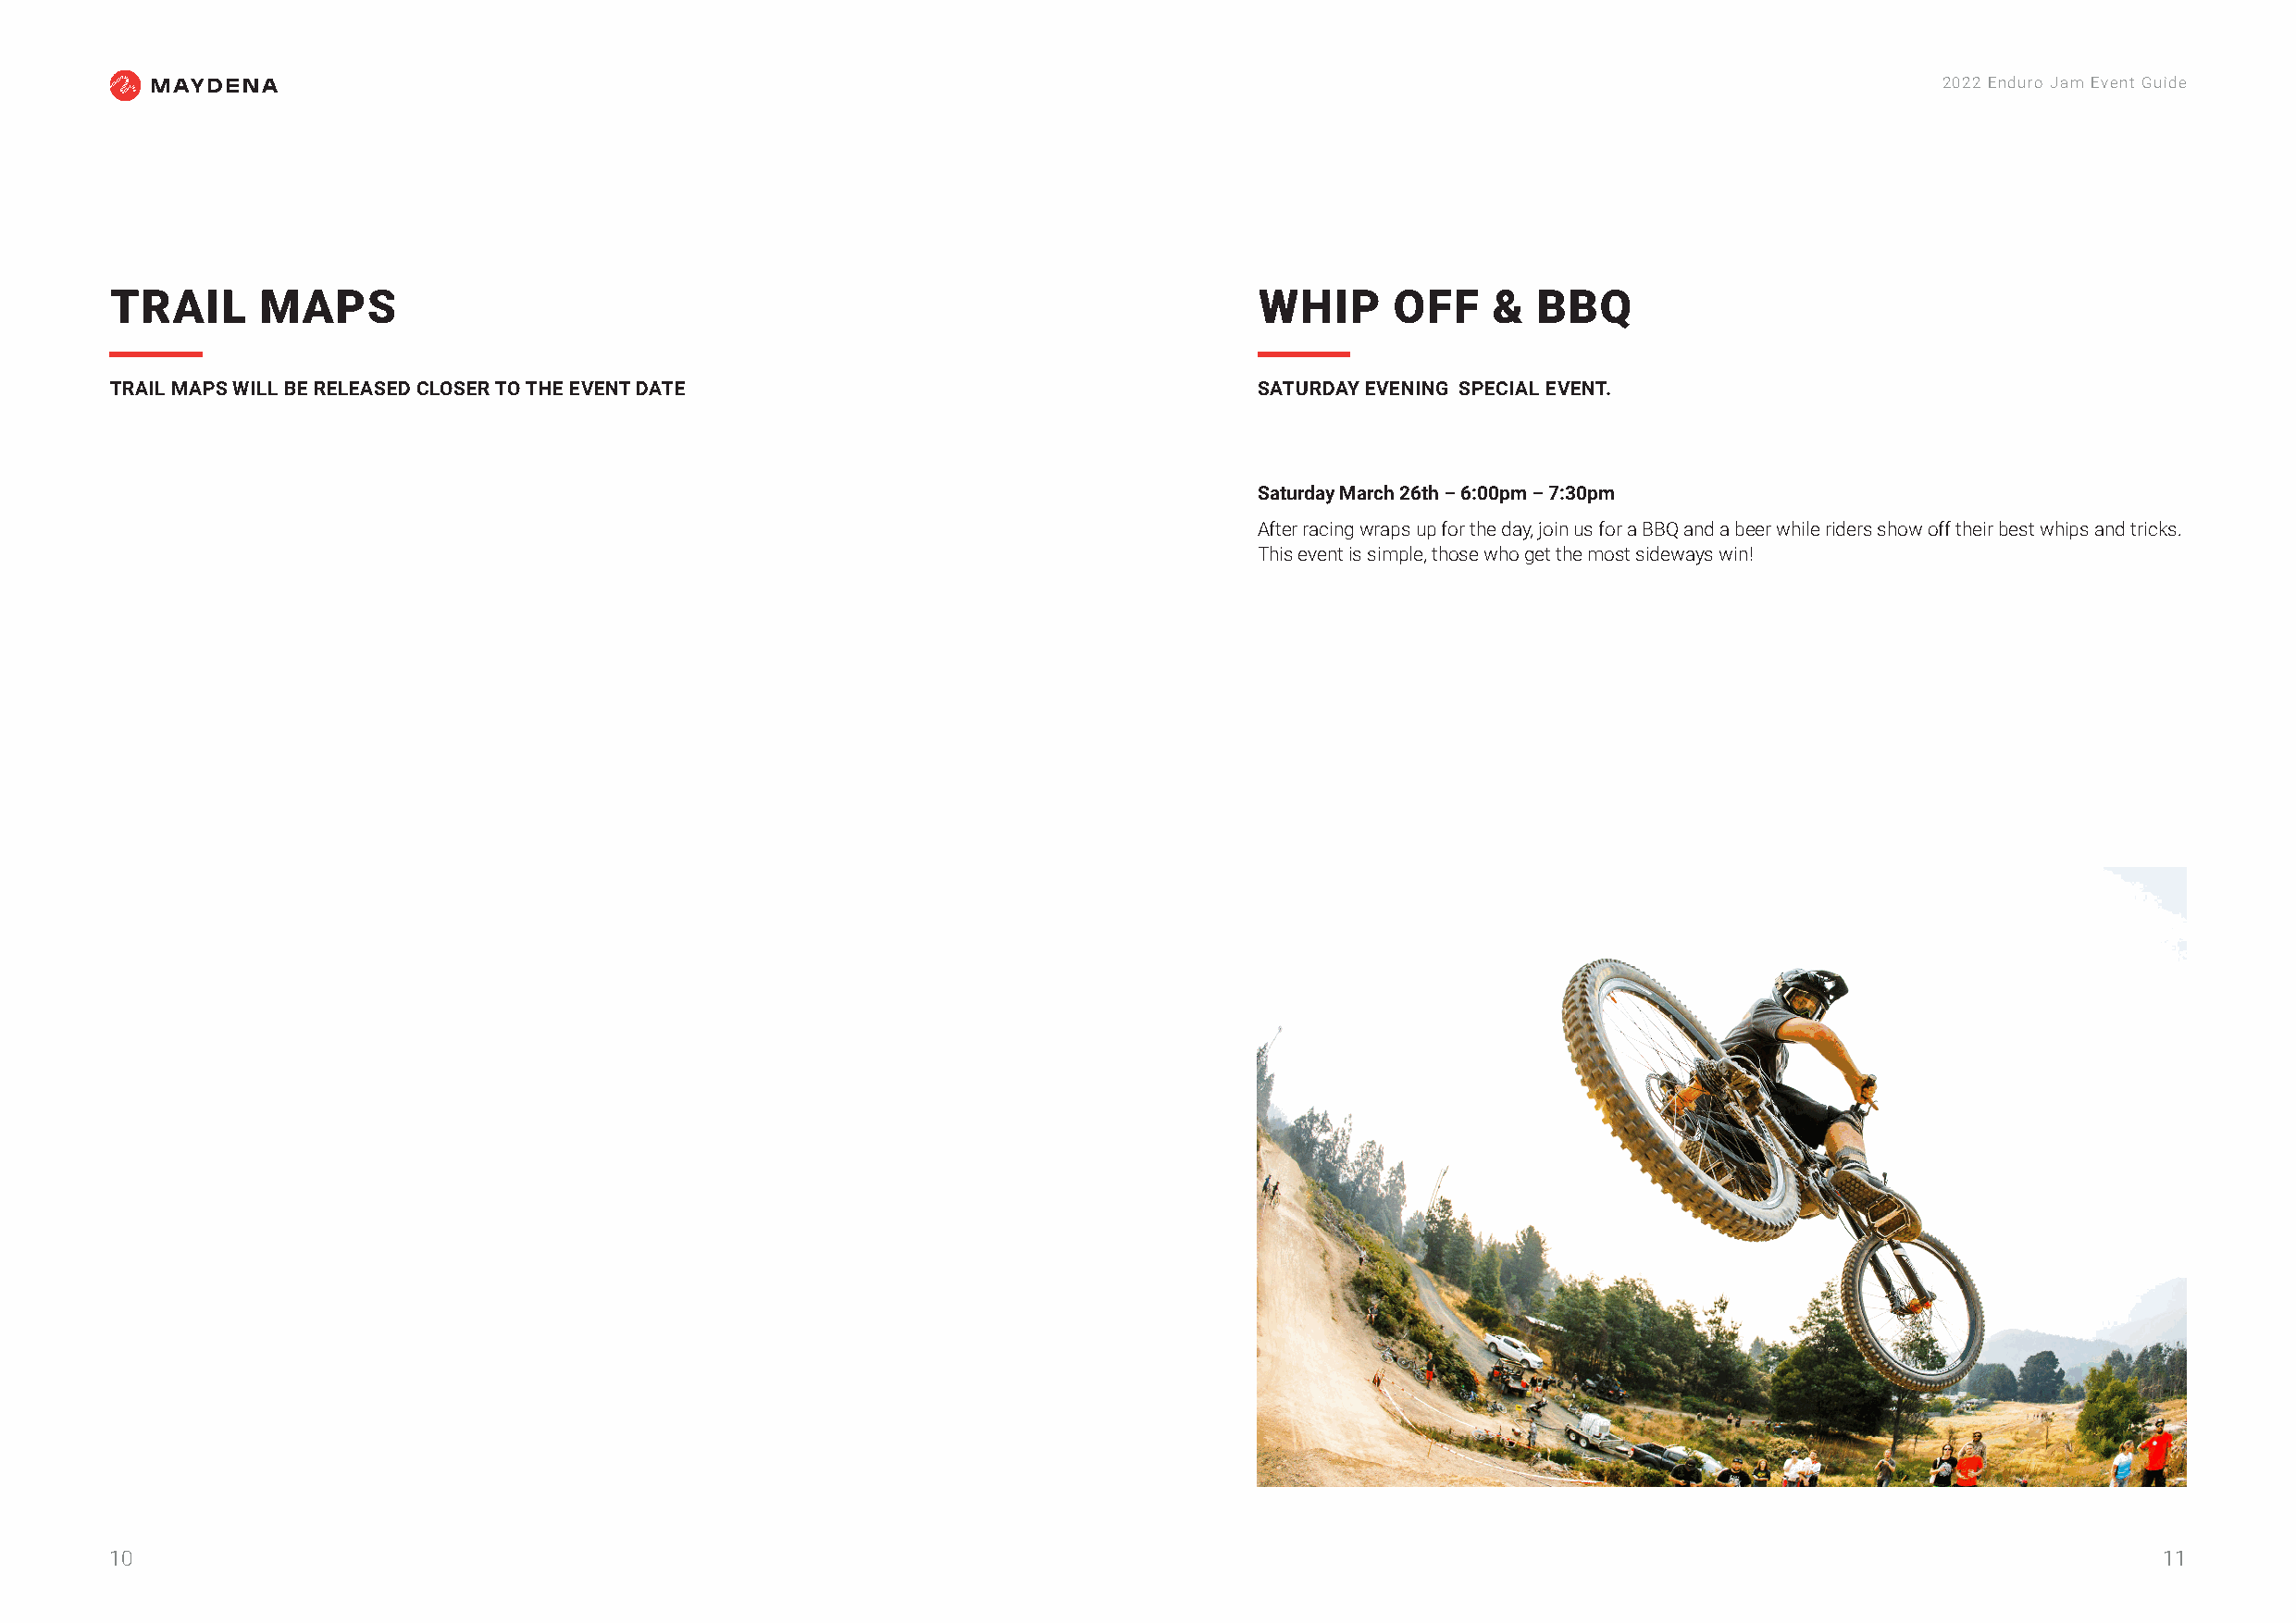
2022 Enduro Jam Event Guide
 TRAIL      MAPS                                                                   WHIP      OFF    &  BBQ
 TRAIL MAPS WILL BE RELEASED CLOSER TO THE EVENT DATE                              SATURDAY EVENING SPECIAL EVENT.
 Saturday March 26th – 6:00pm – 7:30pm
 After racing wraps up for the day, join us for a BBQ and a beer while riders show off their best whips and tricks.
 This event is simple, those who get the most sideways win!
 10                                                                                                                                                 11